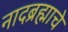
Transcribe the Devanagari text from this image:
नादब्रह्माचे